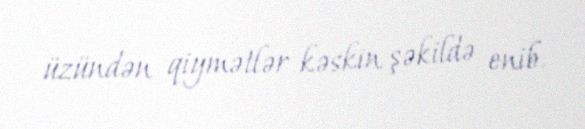
üzündən qiymətlər kəskin şəkildə enib.